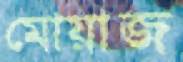
মোয়াজ